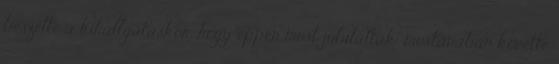
beszélte a kihallgatáskor, hogy éppen most jubiláltak: mostanában követte